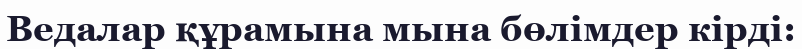
Ведалар құрамына мына бөлімдер кірді: